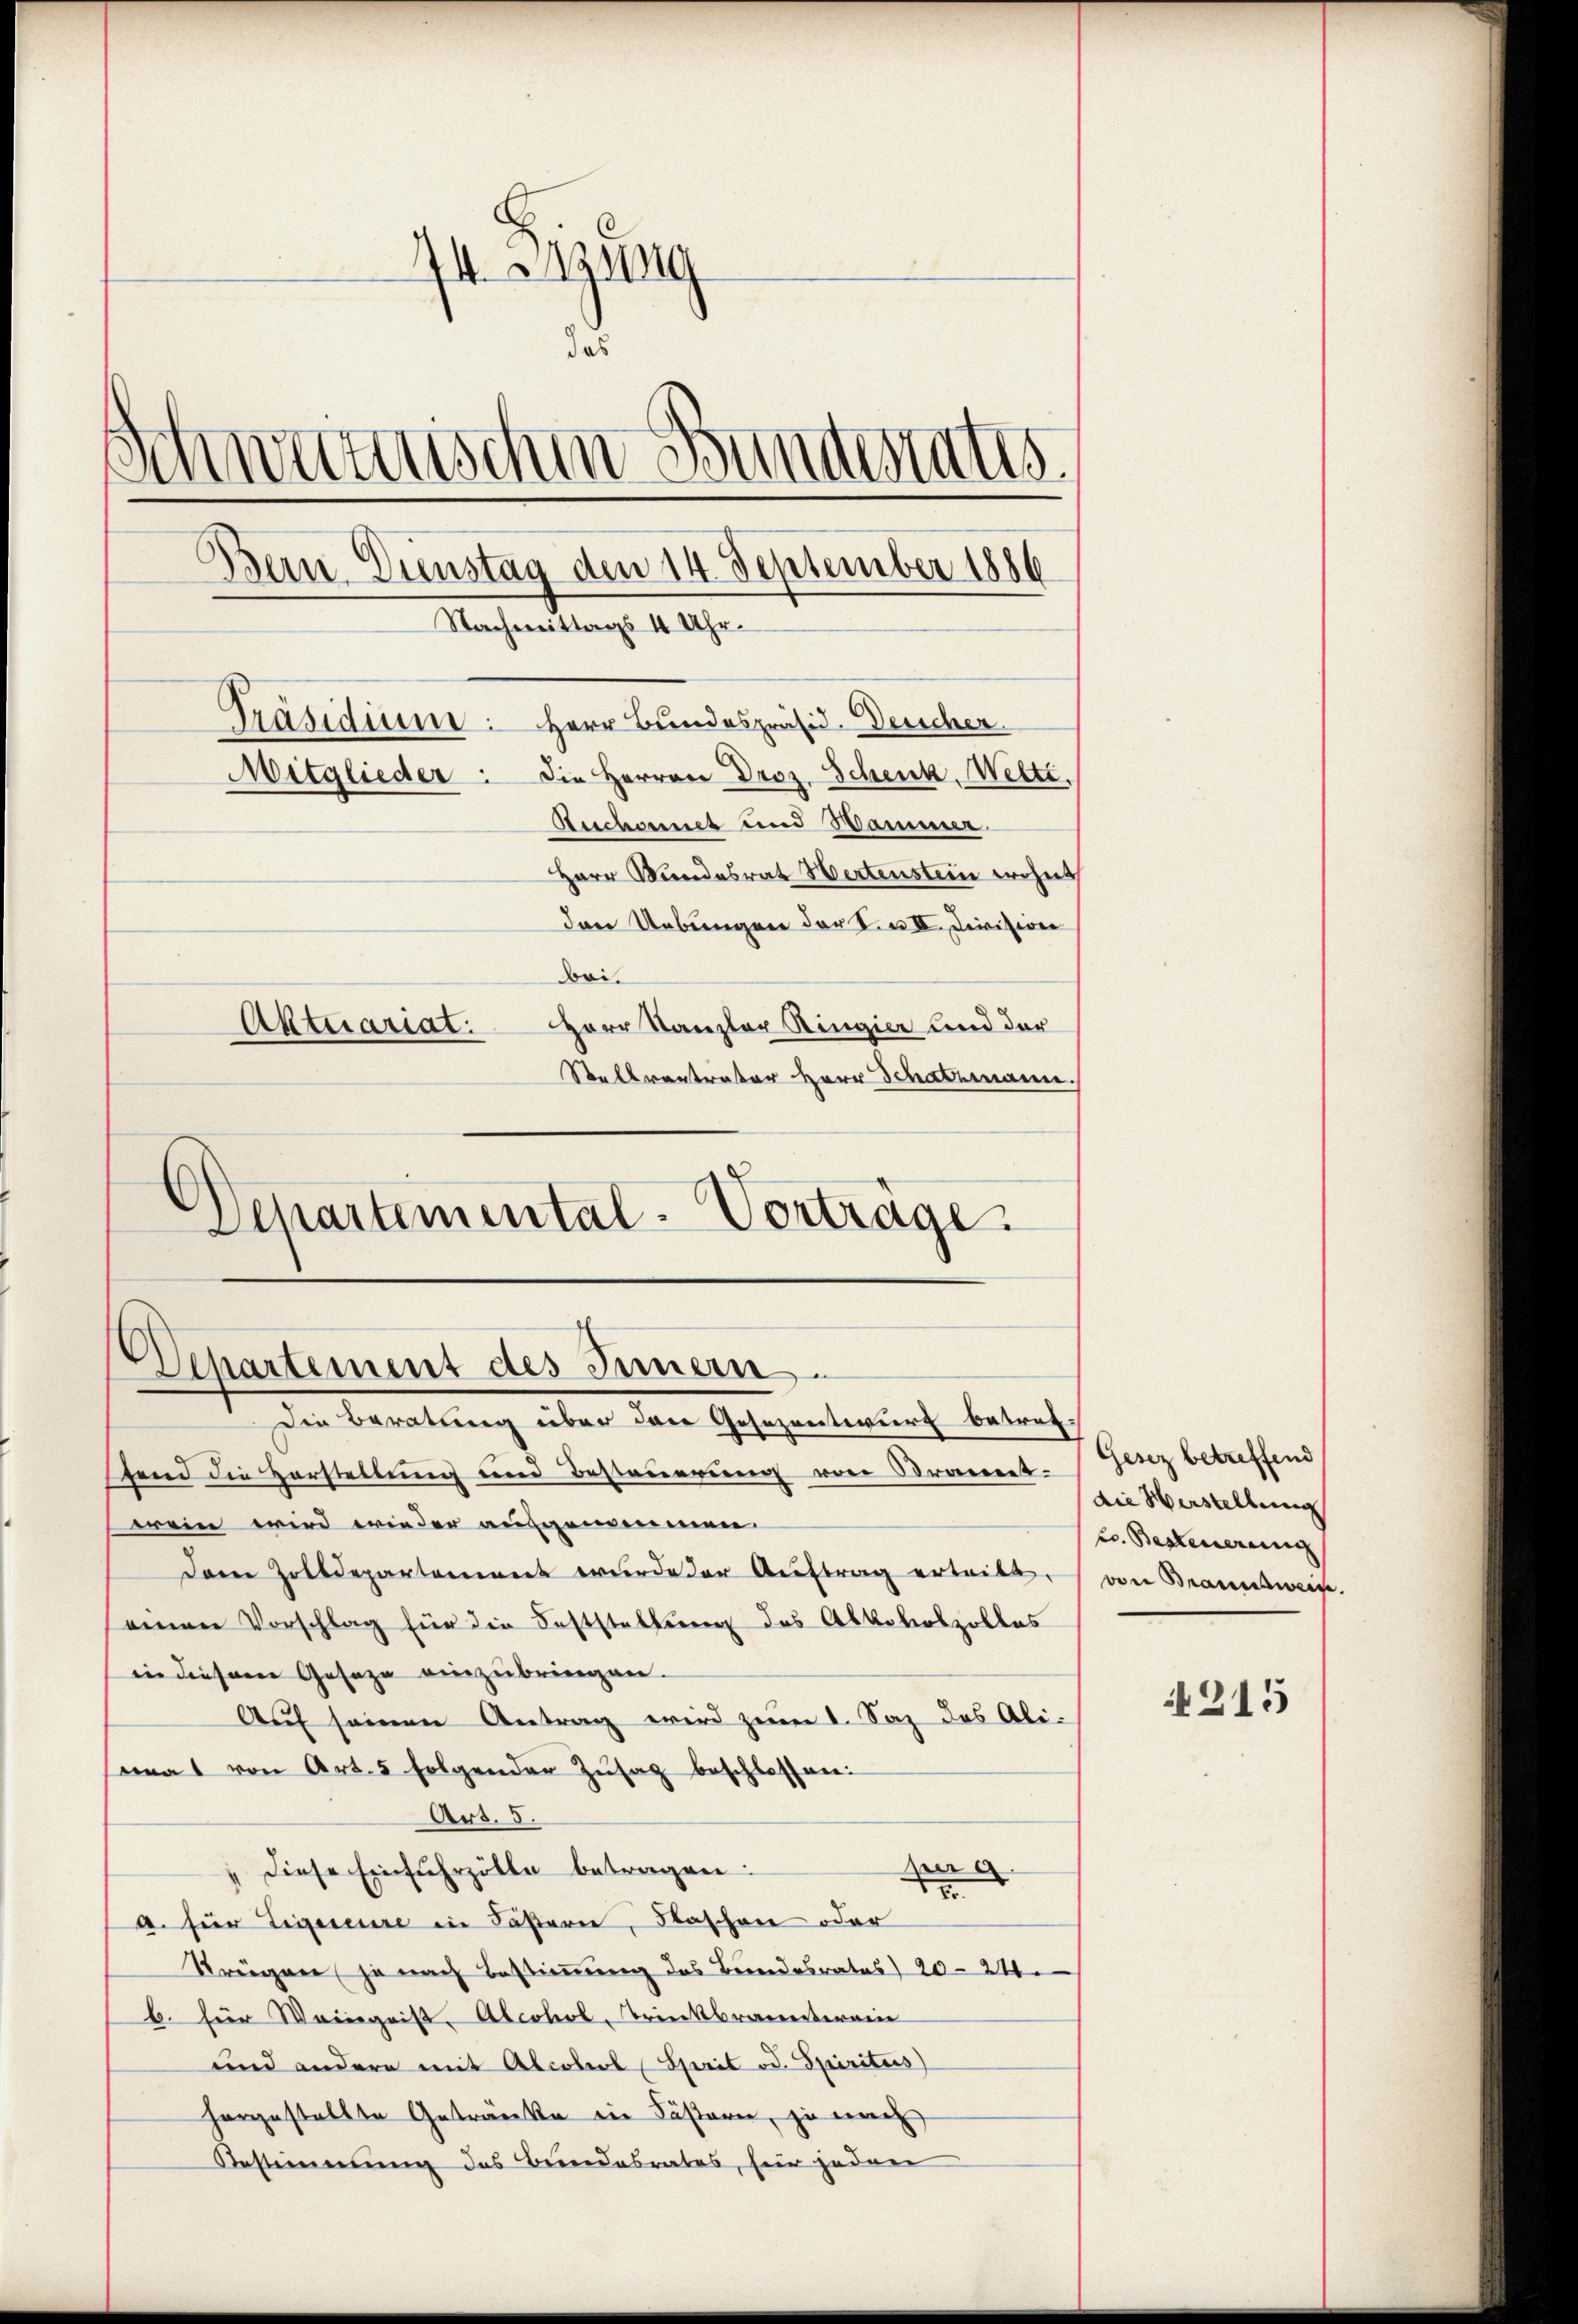
44. Sitzung
das
d
ctuischen Bunderatis
Bern. Dienstag den 14. September 1886
Nachmittags 4 Uhr.
Präsidier: Herr Bundespräsid. Derscher
Mitglieder: die Herren Droz. Schenk, Welte.
Ruchonet und Wammer
Herr Mundesrat Hertenstein wohnt
den Uebungen der F. II. Division
Boi.
Aktuariat: Herr Kanzler Ringier und der
Stellvertrator Herr Schatzmann.

Schartemental-Vortrage.

Departement des Innern.

Die Beratung über den Gesezentwurf betret-
tend die Verstellung und Besteuerung von Branntwein wird wieder aufgenommen.
daren Zolldepartement wurde der Auftrag erleibt,
einen Vorschlag für die Feststellung des Abkoboszolles
in diesem Geseze einzubringen.
Aŭf seinen Antrag wird zum I. Saz des Ali-
Comas von Art. 5 folgender Zŭsag beschlossen:
Art. 5.
.
" diese Einfuhrzölle betragen:
2
a. für Tigueure in Fasern, Flaschen oder
Streigner ja nach Bestimmung das Bundesrates) 20—24
b. für Weingniß-Abeohol, Trinkbrannterrie
und andere mit Abcobel, Sprit od. Spiritus)
horgestellte Getranke ein Fästern, ja nach
Bestimmung des Bundesrates, für jeden

Gesez betreffend
die Verstellung
sc. Besteuerung |
von Braunsweise.

215